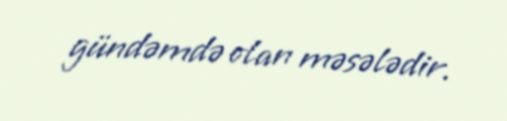
gündəmdə olan məsələdir.